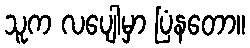
သူက လပျေါမှာ ပြံနတော။